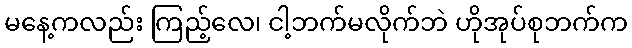
မနေ့ကလည်း ကြည့်လေ၊ ငါ့ဘက်မလိုက်ဘဲ ဟိုအုပ်စုဘက်က